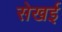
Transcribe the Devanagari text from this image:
सेखई